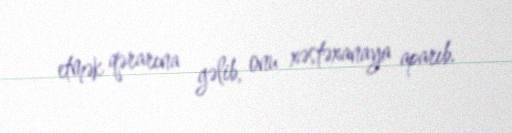
etmək qərarına gəlib, onu xəstəxanaya aparıb.